Eesti_Rahvusfond, lk 4
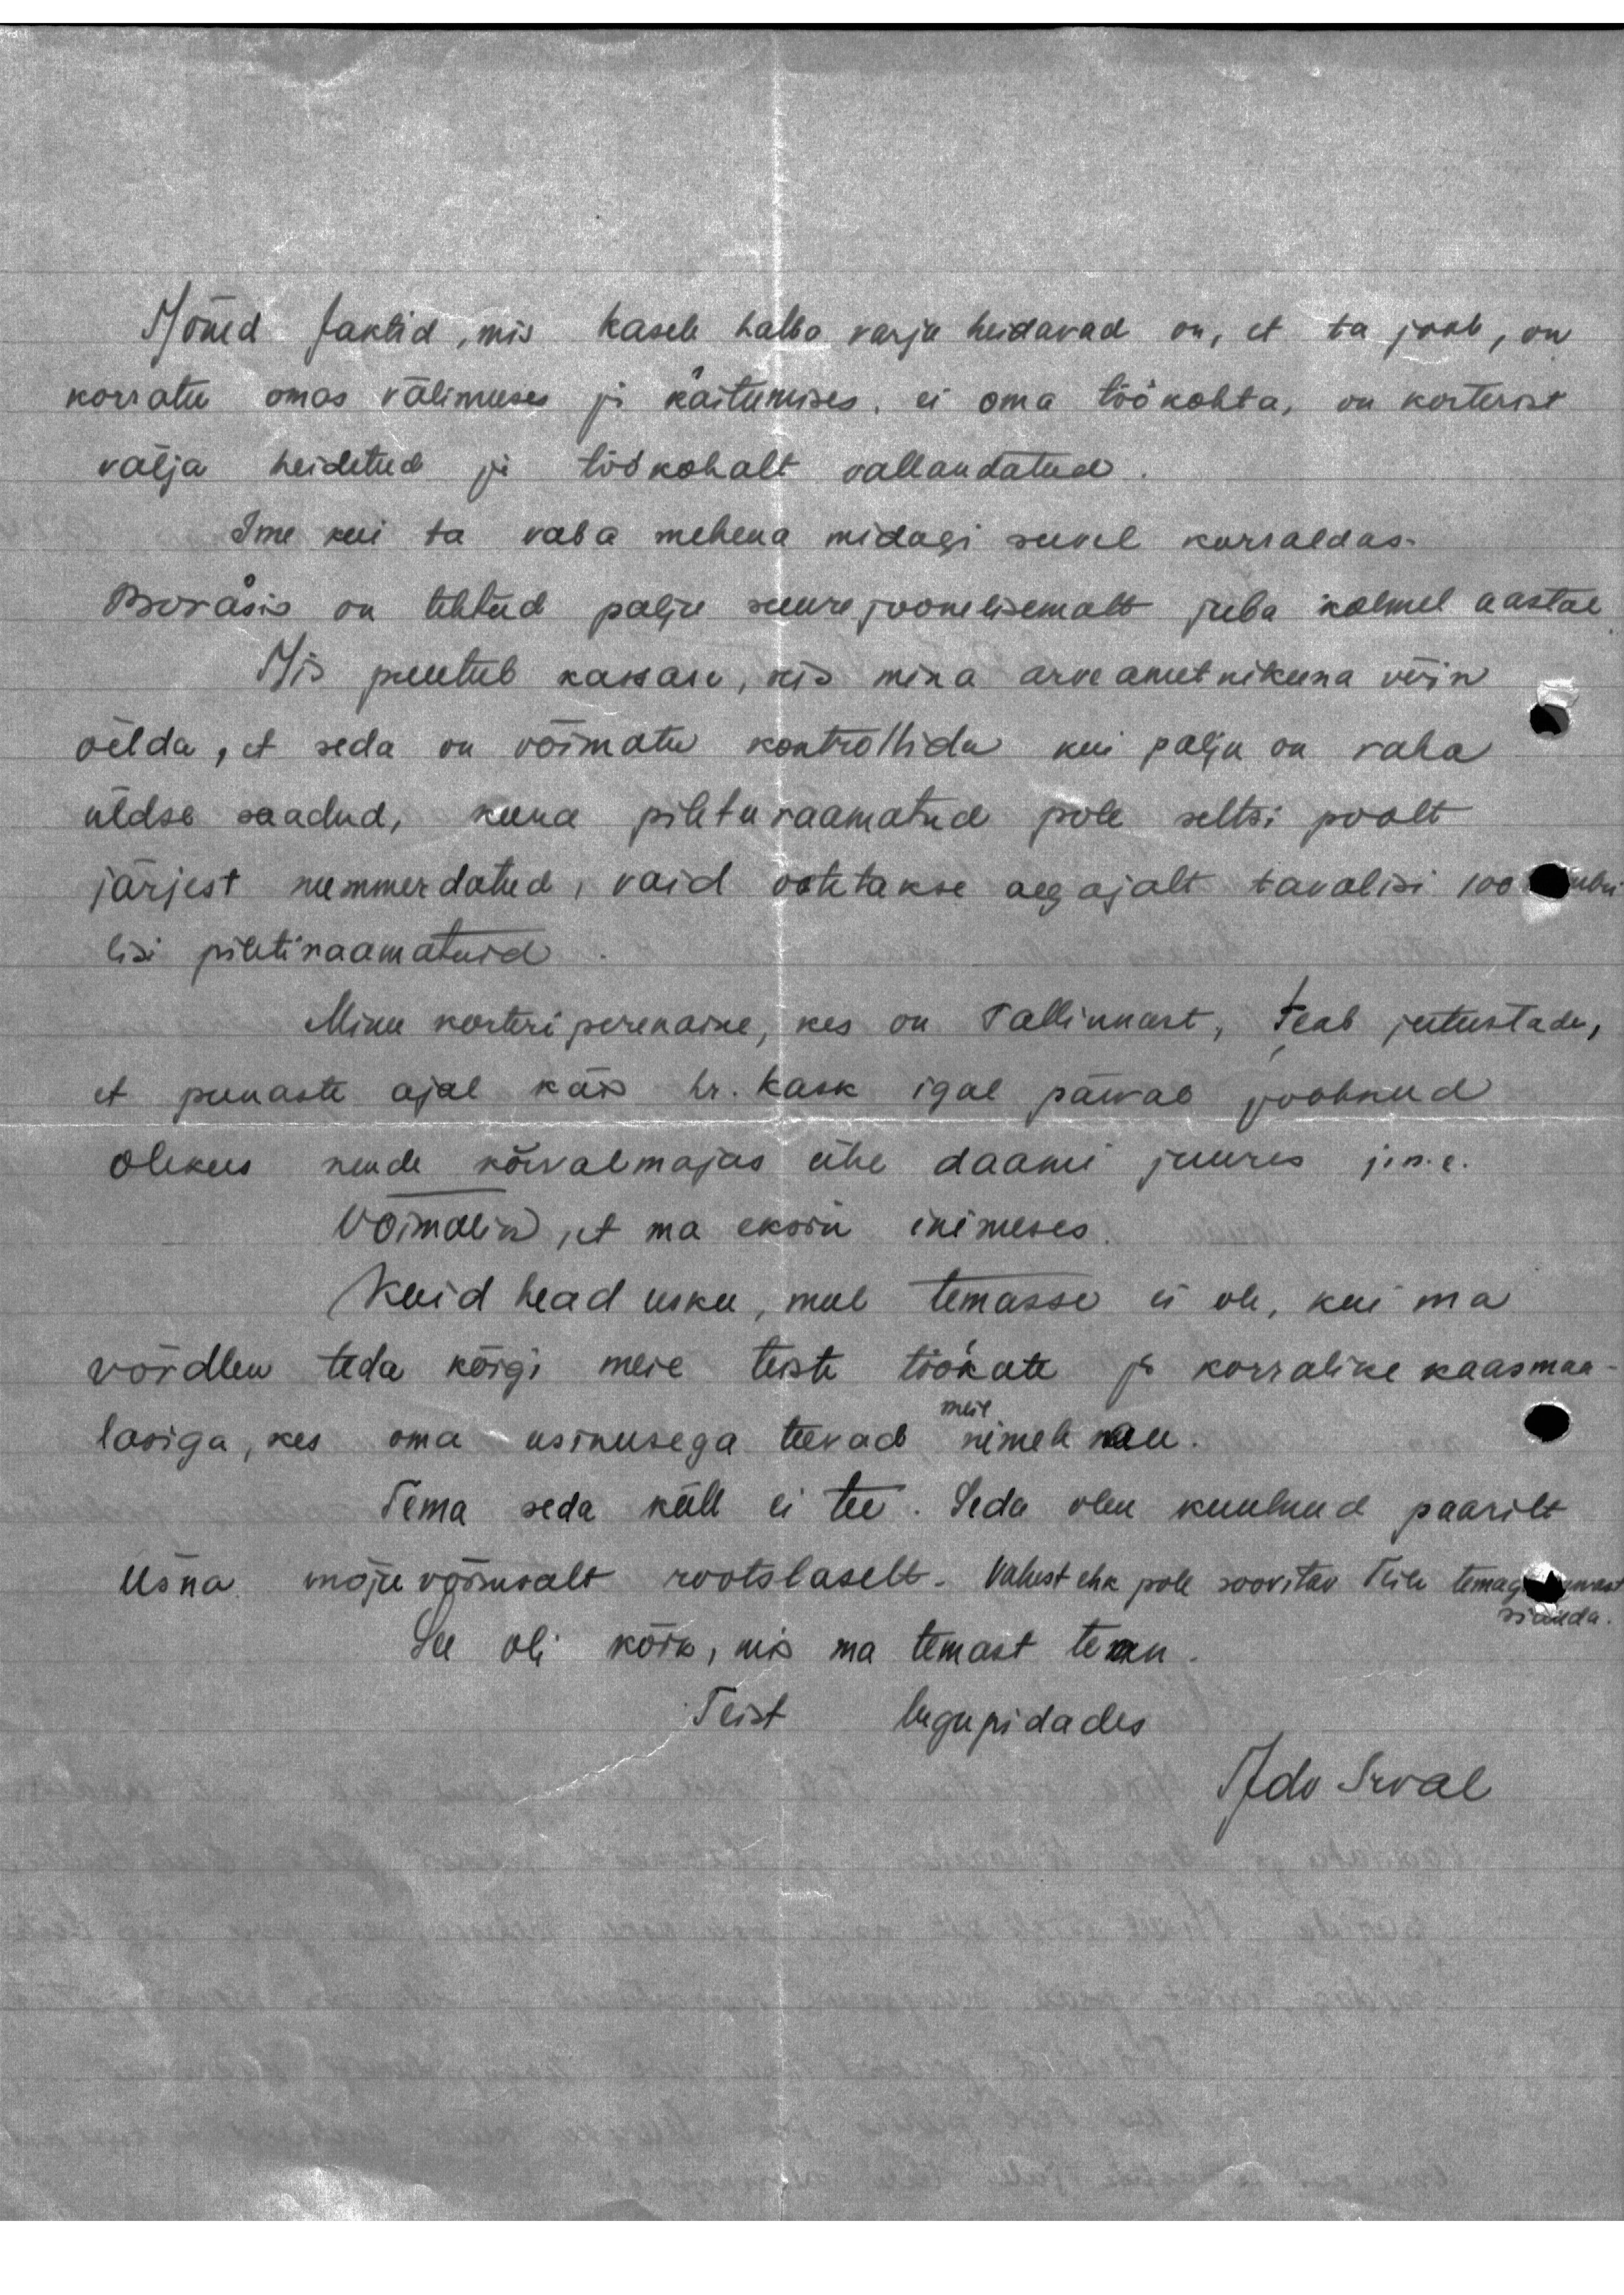
Mõned faktid, mis Kasele halba varju heidavad on, et ta joob, on
korratu omas välimuses ja käitumises, ei oma töökohta, on korterist
välja heidetud ja töökohalt vallandatud
Ime kui ta vaba mehena midagi suvel korraldas.
Borasis on tehtud palju suurejoonelisemalt juba kolmel aastal
Mis puutub kassasse, mis mina arveametnikuna võin
öelda, et seda on võimatu kontrollida kui palju on raha
üldse saadud, kuna pileturaamatud pole seltsi poolt
järjest nummerdatud, vaid ootetakse aegajalt tavalisi 100 rubu
lisi piletiraamatuid.
Minu korteri perenaine, kes on Tallinnast, teab jutustada,
et punaste ajal käis hr. Kask igal päeval joobnud
olekus nende kõrvalmajas ühe daami juures j.n.e.
Võimalik, et ma eksin inimeses.
Kuid head usku, mul temasse ei ole, kui ma
võrdlen teda kõigi meie teiste töökate ja korralike kaasmaa
meie
lasiga, kes oma usinusega teevad nimele au.
Tema seda küll ei tee. Seda olen kuulnud paarilt
üsna mõjuvõimsalt rootslaselt. Vahest ehk pole soovitav Teile temasuguse
siduda.
See oli kõik, mis ma temast tean
Teist lugupidades
Idu Irval